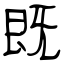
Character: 既